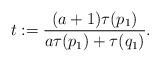
LaTeX: \begin{align*}t:=\frac{(a+1)\tau(p_1)}{a\tau(p_1) + \tau(q_1)}.\end{align*}